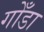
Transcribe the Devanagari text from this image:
गोँडा